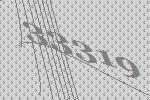
33319